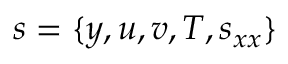
s = \{ y , u , v , T , s _ { x x } \}